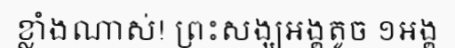
ខ្លាំងណាស់! ព្រះសង្ឃអង្គតូច ១អង្គ